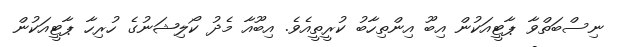
ނިސްބަތްވާ ޕާޓީއަކުން އިބޫ އިންތިހާބު ކުރީތީއެވެ. އިބޫއާ މެދު ކޯލިޝަނުގެ ހުރިހާ ޕާޓީއަކުން